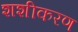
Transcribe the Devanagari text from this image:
शशीकरण